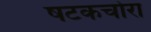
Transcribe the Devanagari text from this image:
षटकचोरा